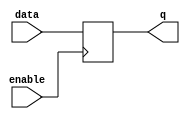
module gated_latch(
    input data,
    input enable,
    output reg q
);

always @(posedge enable)
begin
    if(enable)
        q <= data;
end

endmodule